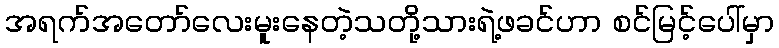
အရက်အတော်လေးမူးနေတဲ့သတို့သားရဲ့ဖခင်ဟာ စင်မြင့်ပေါ်မှာ